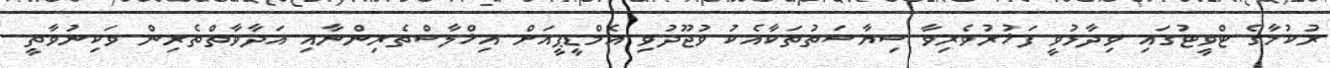
ރުކުމާގެ ޓްވީޓުގައި ވިދާޅުވީ ފަޚުރުވެރިވާ ސިޔާސަތުތަކާއެކު ވުޖޫދުވި އެމްޑީޕީއަށް އިޚްލާސްތެރިންނާއި އަދާވާތްތެރިން ވަކިނުވާތީ